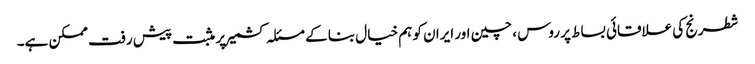
شطرنج کی علاقائی بساط پر روس ، چین اور ایران کو ہم خیال بنا کے مسئلہ کشمیر پر مثبت پیش رفت ممکن ہے۔